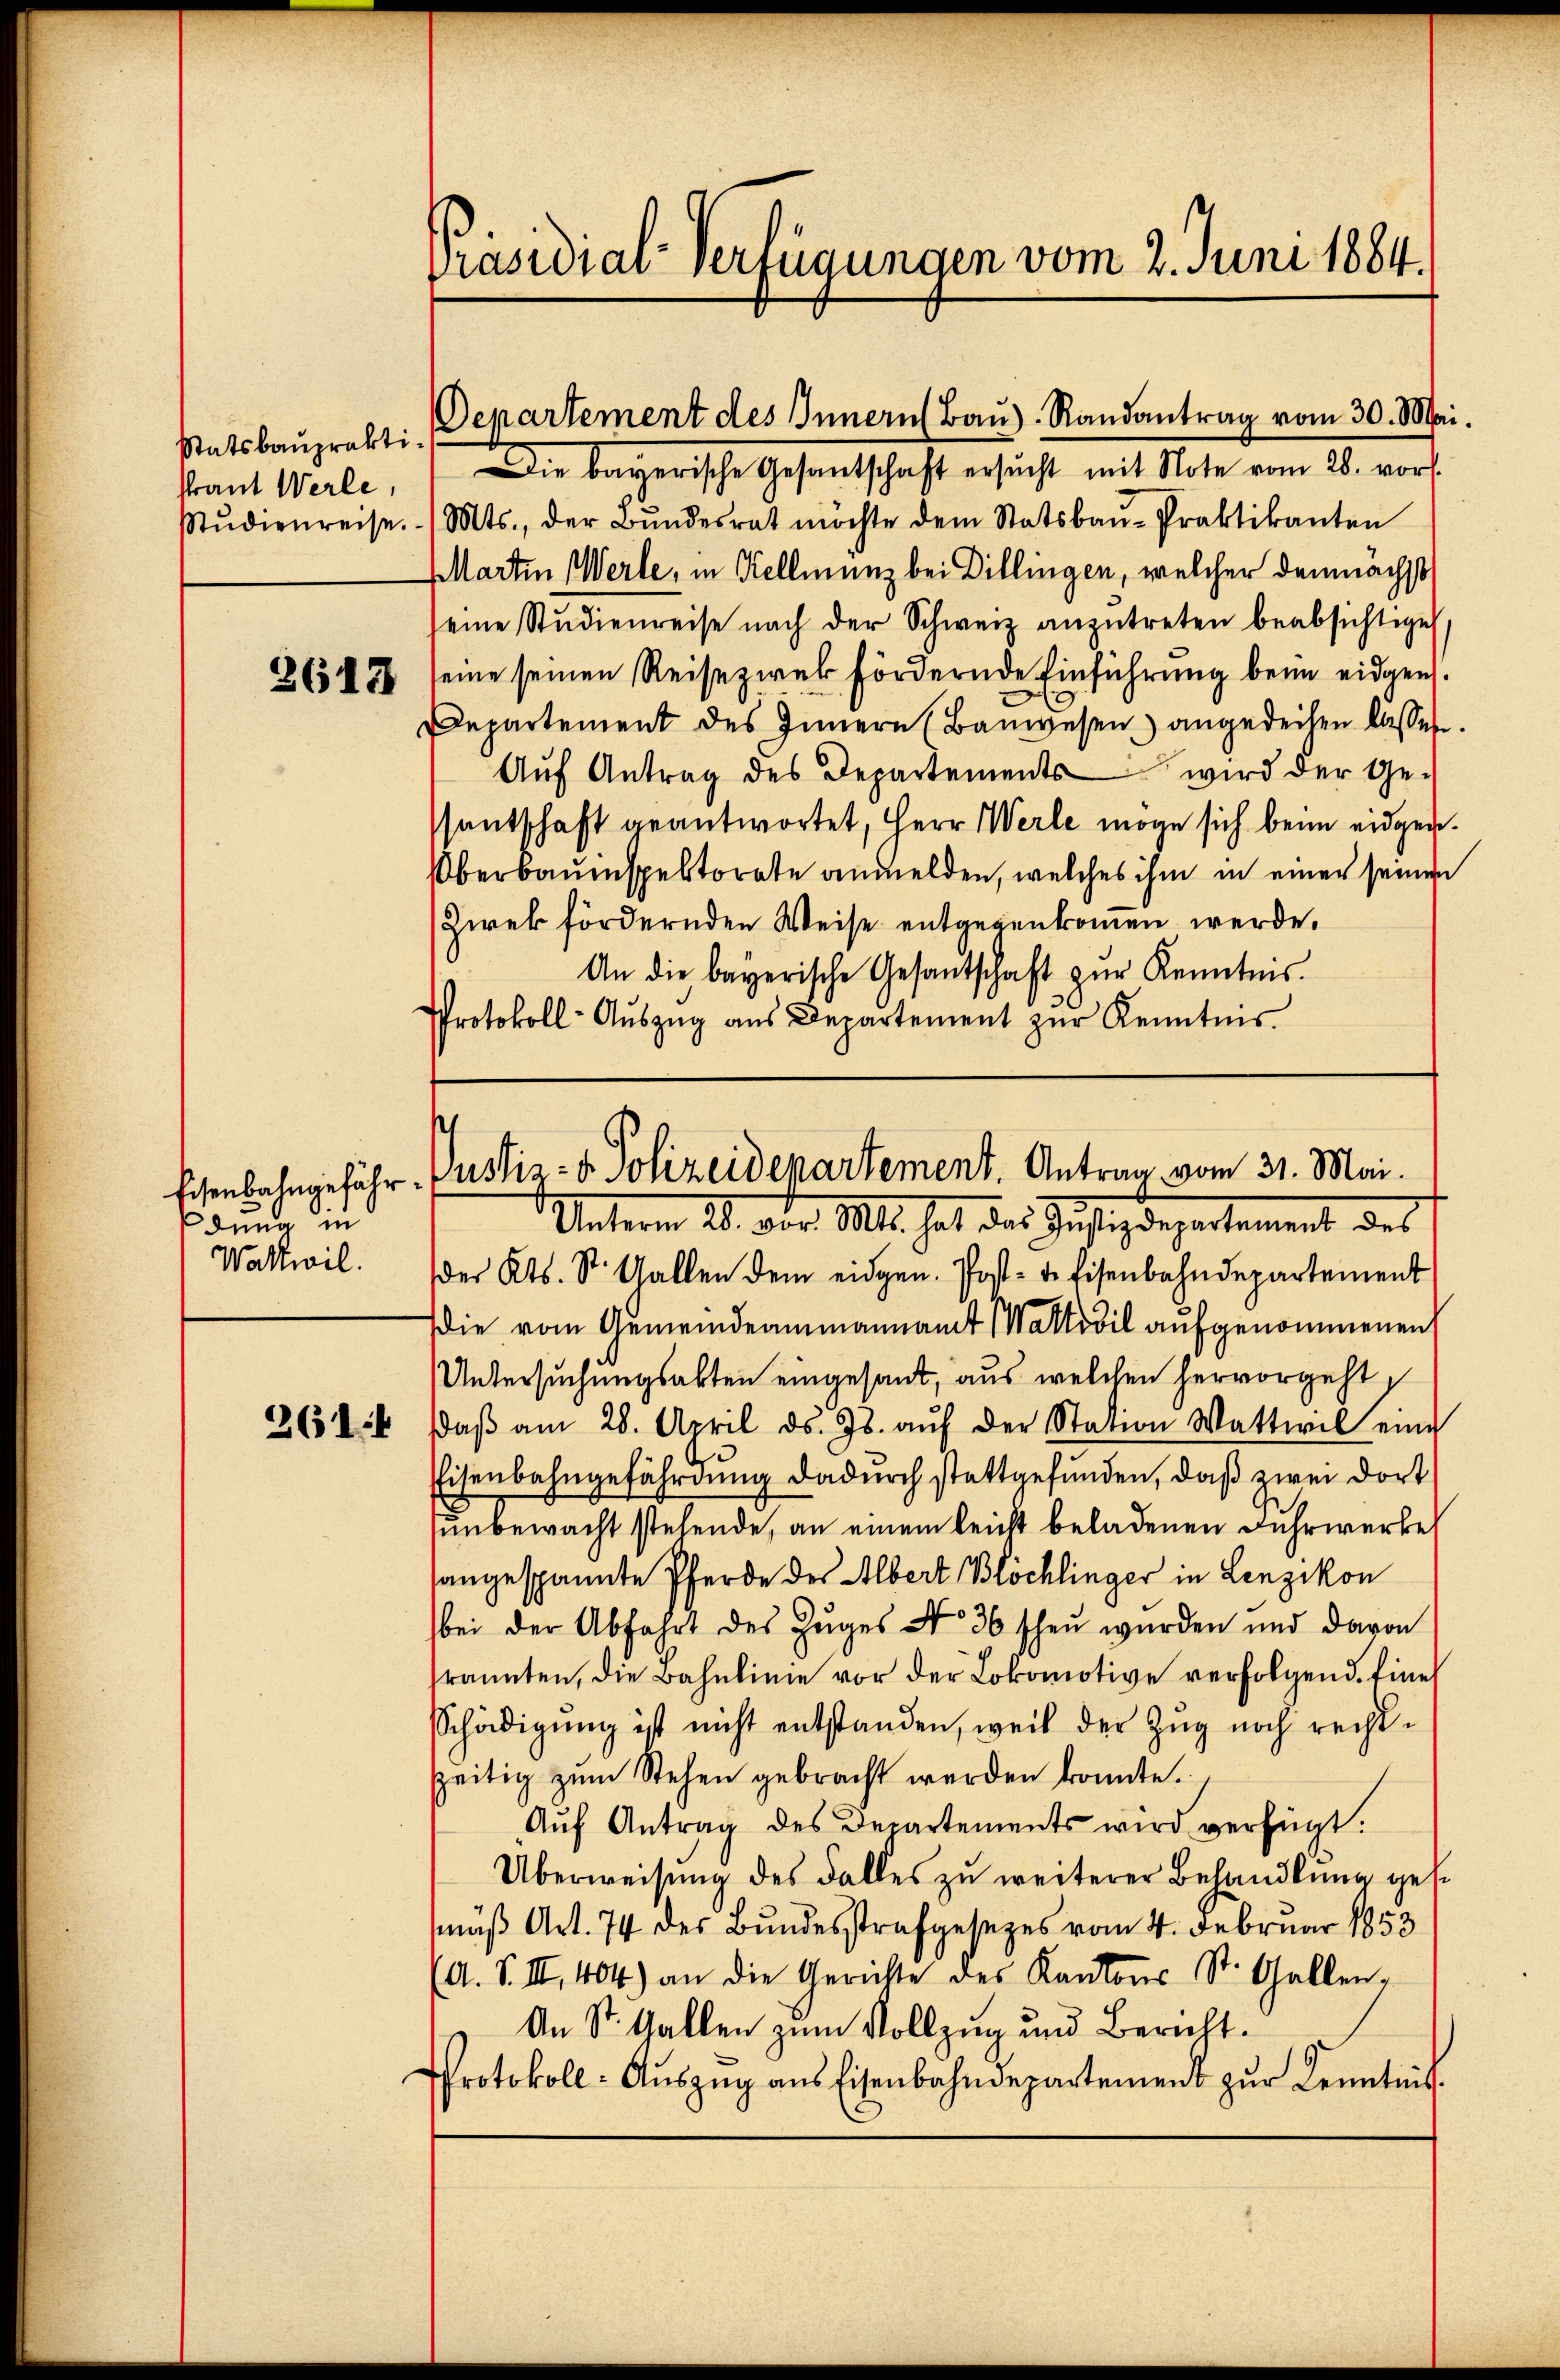
Statsbauprakti
kraut Werte,
Stŭdienreise.

3612

dung in
Wattwil.

261 f

Präsidial-Verfügungen vom 2. Juni 1884.

Die bayerische Gesandtschaft ersŭcht mit Note vom 28. vor.
Mts., der Bŭndesrat möchte dem Statsbaŭ-Praktikanton
Martin Werte, in Kellmenz bei Dillingen, welcher demnächst
seine Studienreise nach der Schweiz anzŭtreten beabsichtiget,
seine seinen Reise zwek fördernde Einführung beim eidgen.
Departement des Innern (Baŭwesen angedeihen lassen.
Aŭf Antrag des Departements wird der Ge-
sentschaft geantwortet, Herr Werte möge sich beim eidgege¬
Überbauinspektorate anmelden, welches ihm in einer seinen
Zwek fördernden Weise entgegenkommen werde.
An die bayerische Gesantschaft zŭr Kenntnis.
Protokoll- Aŭszŭg aŭs Departement zŭr Kenntnis

Departement des Innern Bau). Randantrag vom 30. Mai.

Unterm 28. Der Ms. hat der Justizdepartement des
des Kts. St. Gallen dem eidgen. Post- u. Eisenbahndepartement
die vom Gemeindeammannamt allodil aufgenommenen
Untersuchungsabten eingesant, aus welchen hervorgeht,
daβ am 28. April d. Js. aŭf der Station Wattwil eine
Eisenbahngefährdung dadŭrch stattgefŭnden, daß zwei dort
unbewacht stehende, an einem leicht beladenen Fuhrwerke
sangespannte Pferde des Albert Blochlinger in Lenzikon
bei der Abfahrt des Zuges No 36 schen wurden und davon
rannten, die Bahnlinie vor der Lokomotive verfolgend. Eine
Schädigung ist nicht entstanden, weil der Zŭg noch rechtzeitig zum Stehen gebracht werden konnte.
Auf Antrag des Departements wird verfügt:
Überweisung des Falles zu weiterer Behandlung gese
mäß Art. 74 des Bundesstrafgesezes vom 4. Februar 1853
(A. S. II., 404) an die Gerichte des Kantons St. Gallen,
An St. Gallen zum Vollzug und Bericht.
Protokoll- Aŭszŭg aŭs Eisenbahndepartement zŭr Kenntnis

s
Eisenbahngefähr- Pusis - u. Polizeidepartement. Antrag vom 31. Mai.